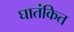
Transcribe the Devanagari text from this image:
घातंकित